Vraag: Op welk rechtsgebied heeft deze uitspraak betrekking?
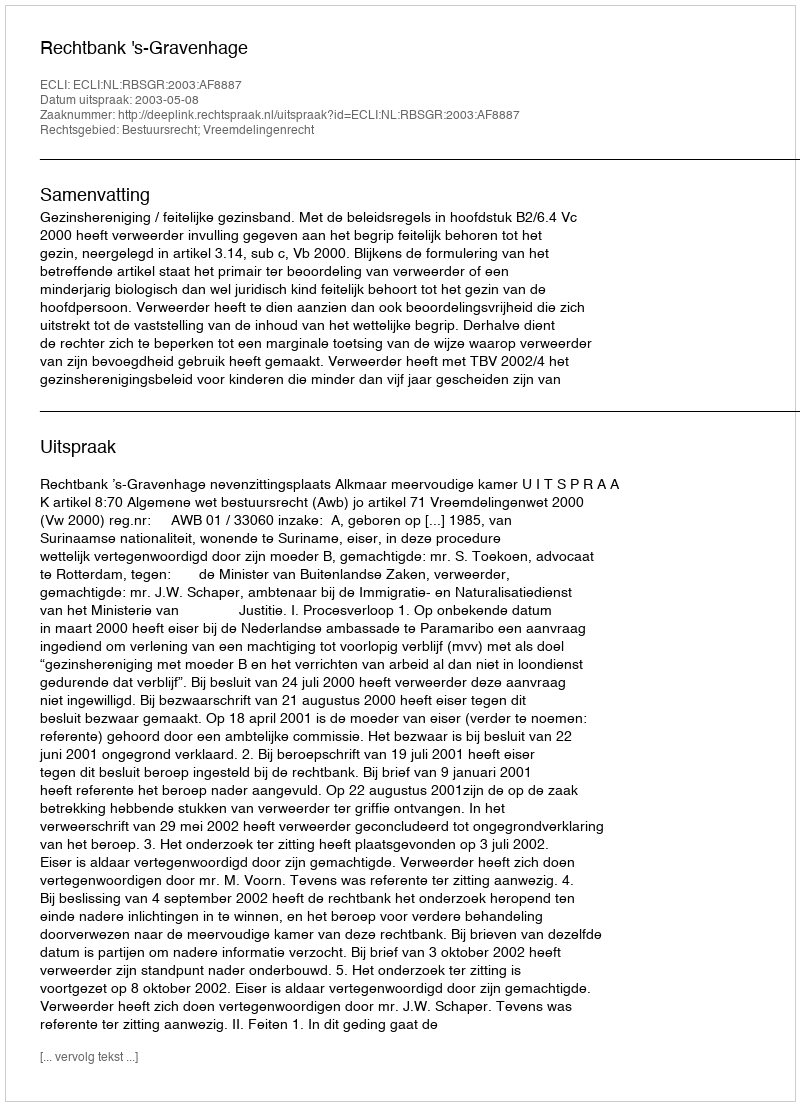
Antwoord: Bestuursrecht; Vreemdelingenrecht